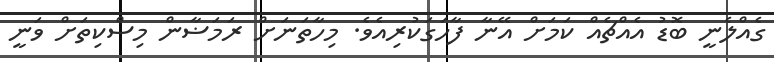
ގެއްލެނީ ބޮޑު އެއްޗެއް ކަމަށް އޭނާ ފާހަގަކުރިއެވެ. މިހާތަނަށް ރަމަޟާން މިސްކިތަށް ވަނީ